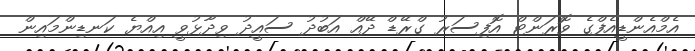
އެމްއެންޑީއެފްގެ ވޮރަންޓް އޮފިސަރު ގްރޭޑް ދޭއް އަބުދު ސައީދު ވިދާޅުވީ އިއްޔެ ކަނޑިންމައިން